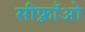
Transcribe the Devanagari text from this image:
सीफ़्राँओ